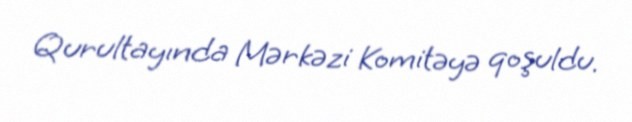
Qurultayında Mərkəzi Komitəyə qoşuldu.